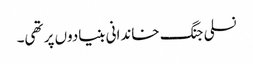
نسلی جنگ خاندانی بنیادوں پر تھی۔